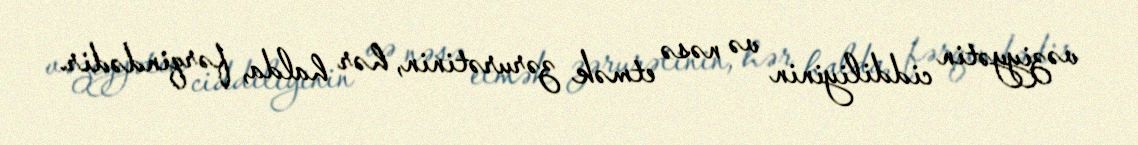
vəziyyətin ciddiliyinin və nəsə etmək zərurətinin, hər halda, fərqindədir.